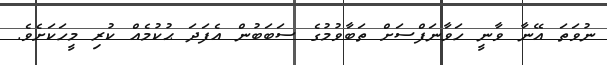
ނުވަތަ އޭނާ ވާނީ ހަވާނަފްސަށް ތަބާވުމުގެ ސަބަބުން އެފަދަ ޙުކުމެއް ކުރި މީހަކަށެވެ.